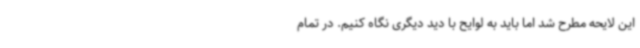
این لایحه مطرح شد اما باید به لوایح با دید دیگری نگاه کنیم. در تمام